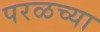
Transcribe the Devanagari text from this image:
परळच्या